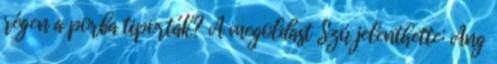
régen a porba tiporták? A megoldást Szú jelenthette: Ang